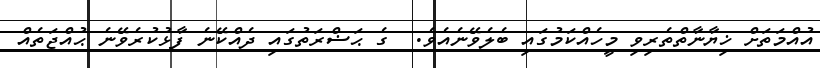
އުއްމަތަށް ޚިޔާނާތްތެރިވި މީހެއްކަމުގައި ބެލެވޭނެއެވެ.  ގެ ޙަޟްރަތުގައި ދެއްކޭނެ ފާޅުކުރެވޭނެ ޙުއްޖަތެއް